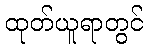
ထုတ်ယူရာတွင်